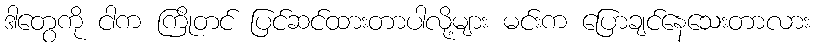
ဒါတွေကို ငါက ကြိုတင် ပြင်ဆင်ထားတာပါလို့များ မင်းက ပြောချင်နေသေးတာလား